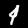
Digit: 4